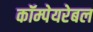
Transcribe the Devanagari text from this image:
कॉम्पेयरेबल